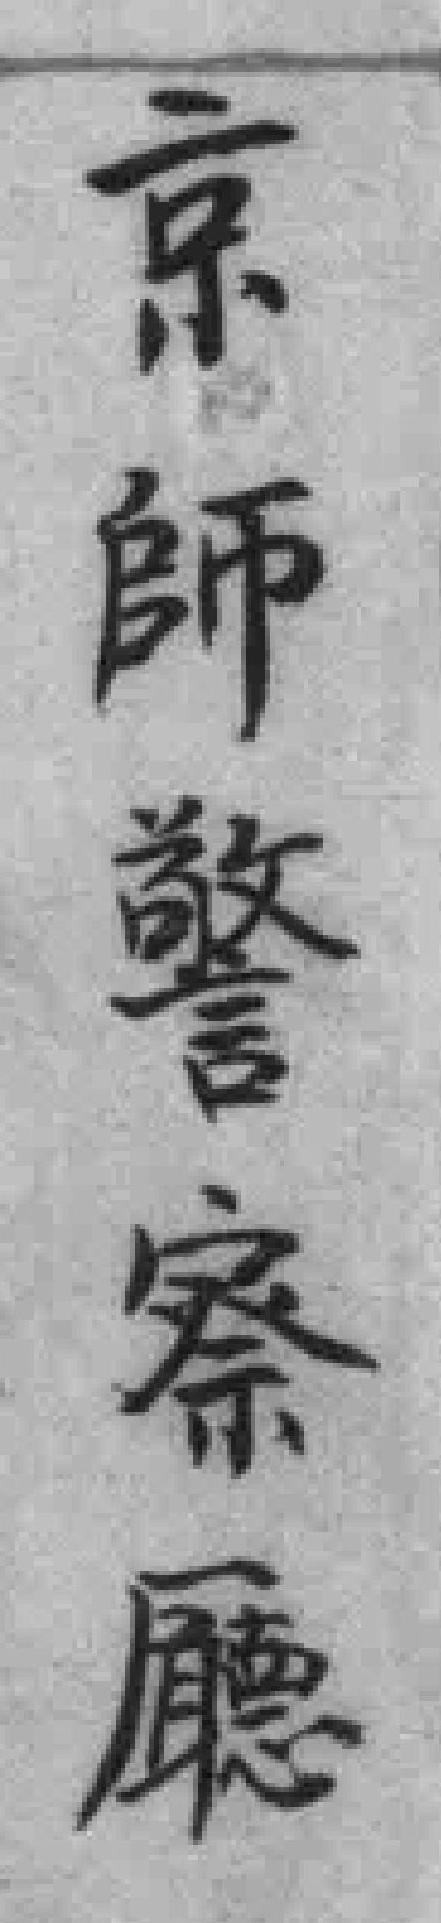
京師警察廳